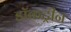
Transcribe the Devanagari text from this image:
डॉकट्रीन